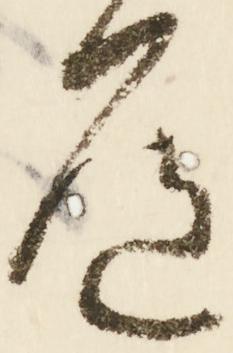
道